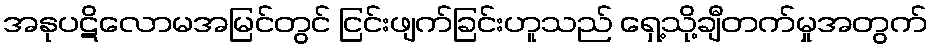
အနုပဋိလောမအမြင်တွင် ငြင်းဖျက်ခြင်းဟူသည် ရှေ့သို့ချီတက်မှုအတွက်